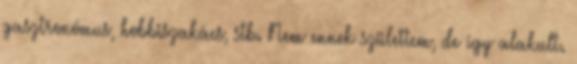
gasztronómus, hobbiszakács, stb. Nem ennek születtem, de így alakult.